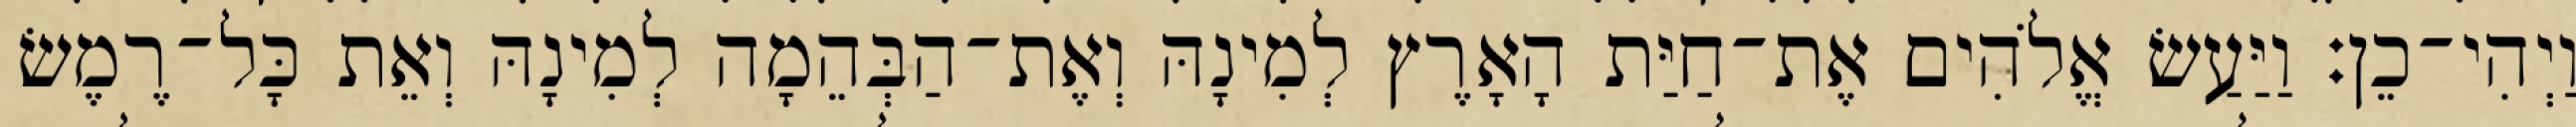
וַיְהִי־כֵן׃ וַיַּעַשׂ אֱלֹהִים אֶת־חַיַּת הָאָרֶץ לְמִינָהּ וְאֶת־הַבְּהֵמָה לְמִינָהּ וְאֵת כָּל־רֶמֶשׂ